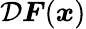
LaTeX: \mathcal{D}\boldsymbol{F}(\boldsymbol{x})